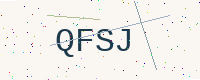
Text: QFSJ